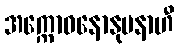
အက္ကောဓနောနုပနာဟီ